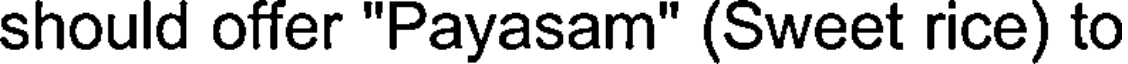
should offer "Payasam" (Sweet rice) to